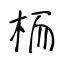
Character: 栭